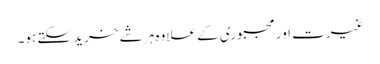
غیرت اور مجبوری کے علاوہ ہر شے خرید سکتے ہو۔